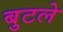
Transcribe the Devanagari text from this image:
बुटले